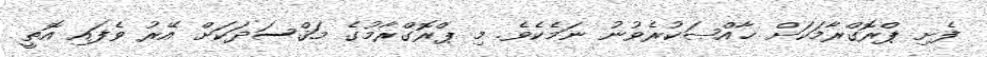
ފެށި ޕްރޮގްރާމަކަށް ޚާއްޞަކުރެވުނު ނަމެކެވެ. މި ޕްރޮގްރާމުގެ މަޤްސަދަކަށް އޭރު ވެފައި އޮތީ